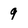
Character: 9